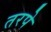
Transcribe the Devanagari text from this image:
तरपे